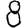
Digit: 8